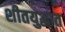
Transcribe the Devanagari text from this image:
शीतयुद्धात